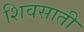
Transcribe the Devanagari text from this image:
शिवसाती